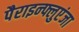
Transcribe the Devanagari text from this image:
पैराइन्फ्लुएंजा